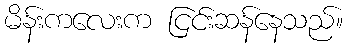
မိန်းကလေးက ငြင်းဆန်နေသည်။